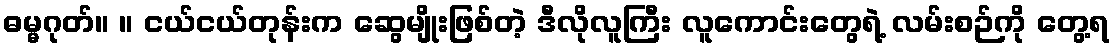
ဓမ္မဂုတ်။ ။ ငယ်ငယ်တုန်းက ဆွေမျိုးဖြစ်တဲ့ ဒီလိုလူကြီး လူကောင်းတွေရဲ့ လမ်းစဉ်ကို တွေ့ရ